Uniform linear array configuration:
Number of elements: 4
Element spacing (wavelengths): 0.25
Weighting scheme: uniform
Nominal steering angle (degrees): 0
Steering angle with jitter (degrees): -0.02963
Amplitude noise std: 0.05
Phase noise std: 0.05

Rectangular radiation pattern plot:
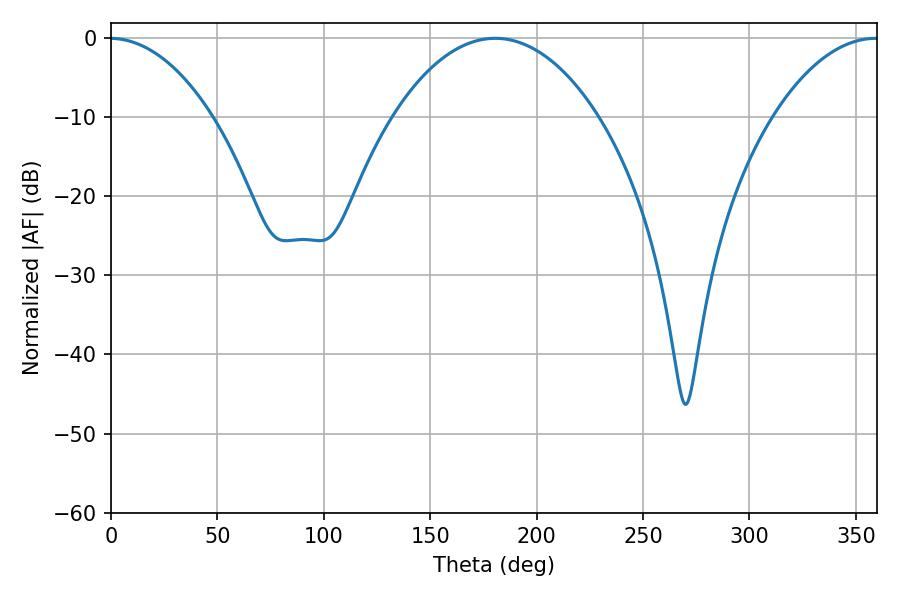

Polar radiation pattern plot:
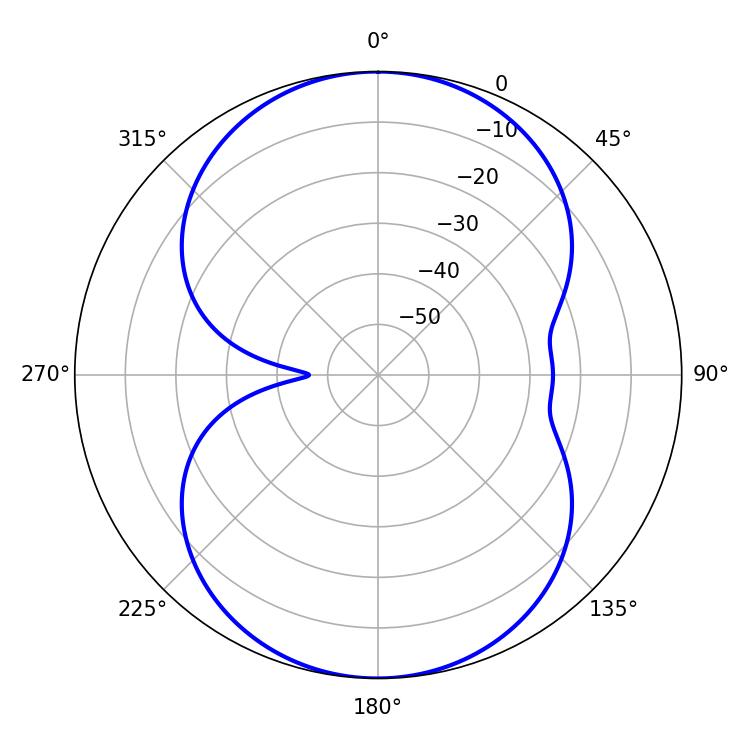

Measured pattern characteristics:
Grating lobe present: FALSE
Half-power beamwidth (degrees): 54
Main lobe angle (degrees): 180.54